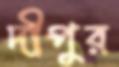
দীপুর